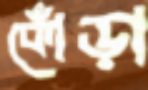
কোঁড়া